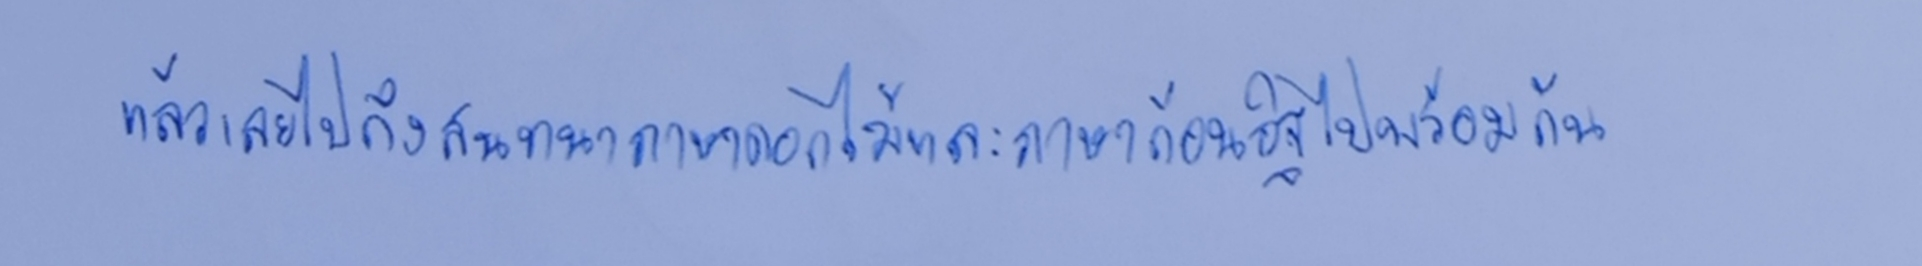
แล้วเลยไปถึงสนทนาภาษาดอกไม้และภาษาก้อนอิฐไปพร้อมกัน